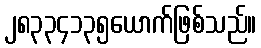
၂၈၃၃၄၁၃၅ယောက်ဖြစ်သည်။